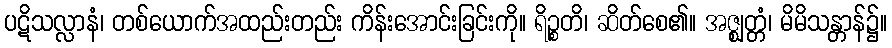
ပဋိသလ္လာနံ၊ တစ်ယောက်အထည်းတည်း ကိန်းအောင်းခြင်းကို။ ရိဉ္စတိ၊ ဆိတ်စေ၏။ အဇ္ဈတ္တံ၊ မိမိသန္တာန်၌။